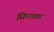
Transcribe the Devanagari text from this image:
सिच्‍छक